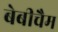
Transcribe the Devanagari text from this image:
बेबीचैम